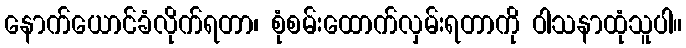
နောက်ယောင်ခံလိုက်ရတာ၊ စုံစမ်းထောက်လှမ်းရတာကို ဝါသနာထုံသူပါ။